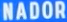
NADOR